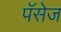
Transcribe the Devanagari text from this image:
पॅसेज